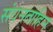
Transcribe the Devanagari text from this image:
संघनताहिन